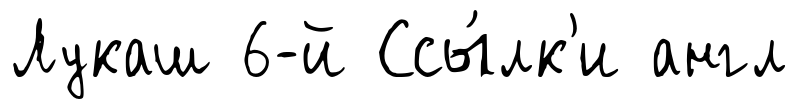
Лукаш 6-й Ссы́лк'и англ